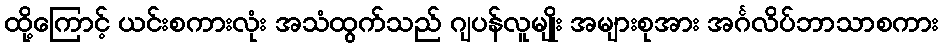
ထို့ကြောင့် ယင်းစကားလုံး အသံထွက်သည် ဂျပန်လူမျိုး အများစုအား အင်္ဂလိပ်ဘာသာစကား